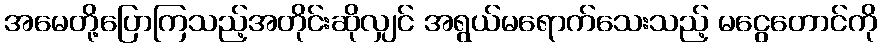
အမေတို့ပြောကြသည့်အတိုင်းဆိုလျှင် အရွယ်မရောက်သေးသည့် မငွေတောင်ကို